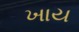
ખાય